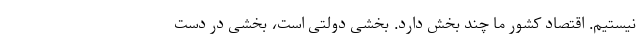
نیستیم. اقتصاد کشور ما چند بخش دارد. بخشی دولتی است، بخشی در دست